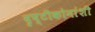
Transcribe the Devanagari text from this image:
दृष्टीकोनांशी